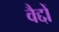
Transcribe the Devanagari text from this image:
वैद्दों